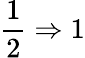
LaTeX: \frac 12\Rightarrow 1